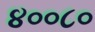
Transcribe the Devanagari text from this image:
४००८०